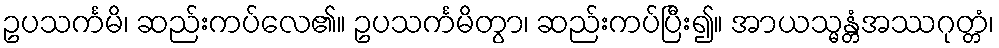
ဥပသင်္ကမိ၊ ဆည်းကပ်လေ၏။ ဥပသင်္ကမိတွာ၊ ဆည်းကပ်ပြီး၍။ အာယသ္မန္တံအဿဂုတ္တံ၊